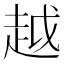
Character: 越